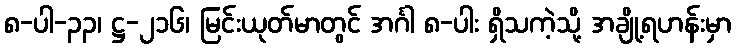
၈-ပါ-၃၃၊ ဋ္ဌ-၂၁၆၊ မြင်းယုတ်မာတွင် အင်္ဂါ ၈-ပါး ရှိသကဲ့သို့ အချို့ရဟန်းမှာ